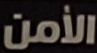
الأمن